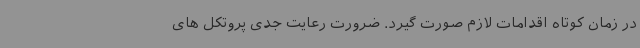
در زمان کوتاه اقدامات لازم صورت گیرد. ضرورت رعایت جدی پروتکل های